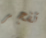
تفجر